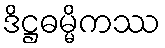
ဒိဋ္ဌဓမ္မိကဿ